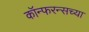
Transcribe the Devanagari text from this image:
कॉन्फरन्सच्या